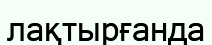
лақтырғанда